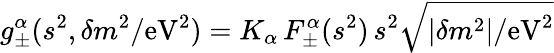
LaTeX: g_{\pm}^{\alpha}(s^{2},\delta m^{2}/\mathrm{eV}^{2})=K_{\alpha}\, F_{\pm}^{\alpha}(s^{2})\, s^{2}\sqrt{|\delta m^{2}|/\mathrm{eV}^{2}}